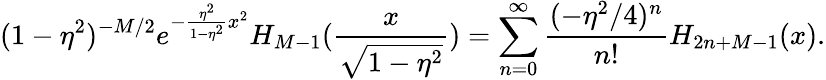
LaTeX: (1-\eta^{2})^{-M/2}e^{-{\frac{\eta^{2}}{1-\eta^{2}}}x^{2}}H_{M-1}({\frac{x}{\sqrt{1-\eta^{2}}}})=\sum_{n=0}^{\infty}{\frac{(-\eta^{2}/4)^{n}}{n!}}H_{2n+M-1}(x).